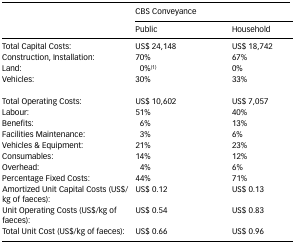
<table><thead><tr><td></td><td colspan="2"><b>CBS Conveyance</b></td></tr><tr><td></td><td><b>Public</b></td><td><b>Household</b></td></tr></thead><tbody><tr><td>Total Capital Costs:</td><td>US$ 24,148</td><td>US$ 18,742</td></tr><tr><td>Construction, Installation:</td><td>70%</td><td>67%</td></tr><tr><td>Land:</td><td>0%<sup>(1)</sup></td><td>0%</td></tr><tr><td>Vehicles:</td><td>30%</td><td>33%</td></tr><tr><td>Total Operating Costs:</td><td>US$ 10,602</td><td>US$ 7,057</td></tr><tr><td>Labour:</td><td>51%</td><td>40%</td></tr><tr><td>Benefits:</td><td>6%</td><td>13%</td></tr><tr><td>Facilities Maintenance:</td><td>3%</td><td>6%</td></tr><tr><td>Vehicles &amp; Equipment:</td><td>21%</td><td>23%</td></tr><tr><td>Consumables:</td><td>14%</td><td>12%</td></tr><tr><td>Overhead:</td><td>4%</td><td>6%</td></tr><tr><td>Percentage Fixed Costs:</td><td>44%</td><td>71%</td></tr><tr><td>Amortized Unit Capital Costs (US$/kg of faeces):</td><td>US$ 0.12</td><td>US$ 0.13</td></tr><tr><td>Unit Operating Costs (US$/kg of faeces):</td><td>US$ 0.54</td><td>US$ 0.83</td></tr><tr><td>Total Unit Cost (US$/kg of faeces):</td><td>US$ 0.66</td><td>US$ 0.96</td></tr></tbody></table>